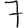
Digit: 7